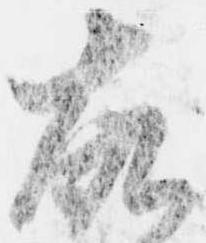
故